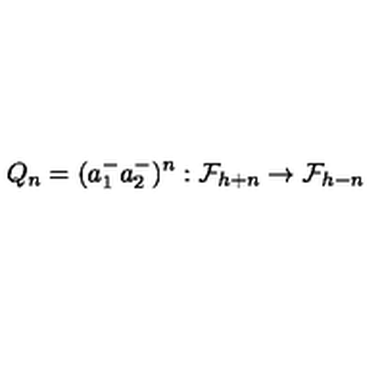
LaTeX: Q _ { n } = ( a _ { 1 } ^ { - } a _ { 2 } ^ { - } ) ^ { n } : { \cal F } _ { h + n } \rightarrow { \cal F } _ { h - n }